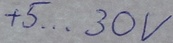
Text: +5...30V